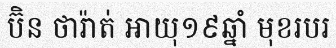
ប៊ិន ថារ៉ាត់ អាយុ១៩ឆ្នាំ មុខរបរ